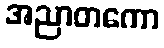
အညာတကော